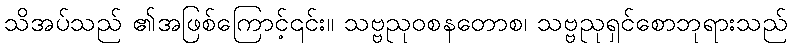
သိအပ်သည် ၏အဖြစ်ကြောင့်၎င်း။ သဗ္ဗညုဝစနတောစ၊ သဗ္ဗညုရှင်စောဘုရားသည်